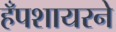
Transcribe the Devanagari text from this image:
हँपशायरने